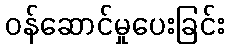
ဝန်ဆောင်မှုပေးခြင်း